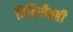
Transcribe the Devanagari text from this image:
विहिरीतही